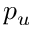
p _ { u }